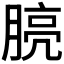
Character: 𪱧